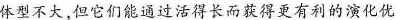
体型不大，但它们能通过活得长而获得更有利的演化优